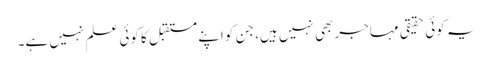
یہ کوئی حقیقی مہاجر بھی نہیں ہیں، جن کو اپنے مستقبل کا کوئی علم نہیں ہے۔